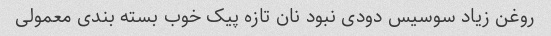
روغن زیاد سوسیس دودی نبود نان تازه پیک خوب بسته بندی معمولی